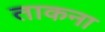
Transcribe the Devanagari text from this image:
ताकना